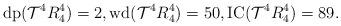
LaTeX: \begin{align*}\mathrm{dp}(\mathcal{T}^4{R_4^4})=2, \mathrm{wd}(\mathcal{T}^4{R_4^4})=50, \mathrm{IC}(\mathcal{T}^4{R_4^4})=89.\end{align*}